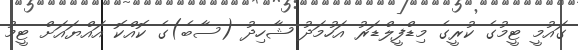
ގައުމީ ޓީމުގެ ކުރީގެ މިޑްފީލްޑަރު އަހުމަދު ޝާހިދު (ސާބެ)ގެ ކޮއްކޮ އައްޔައަށް ޓީމު